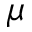
\mu